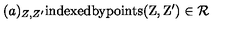
( a ) _ { Z , Z ^ { \prime } } \mathrm { i n d e x e d b y p o i n t s ( Z , Z ' ) \in { \cal R } }